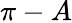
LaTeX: {\pi}-A